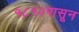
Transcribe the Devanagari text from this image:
१८१२पासून